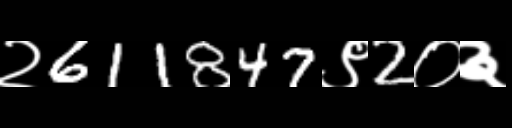
Text: २611847९2०३